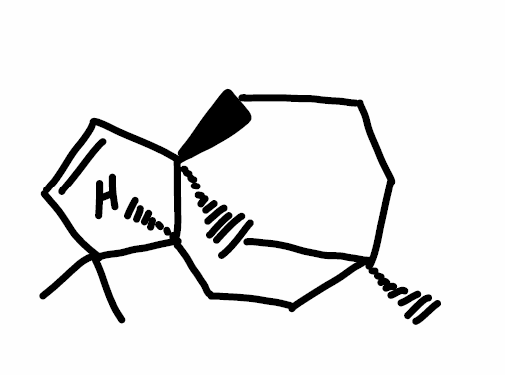
Simplified molecular-input line-entry system (SMILES) notation of the given molecule:
C[C@@]12CCC[C@]3(C1)C=CC([C@@H]3CC2)(C)C